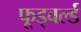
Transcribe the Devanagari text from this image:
फूड्वर्ल्ड